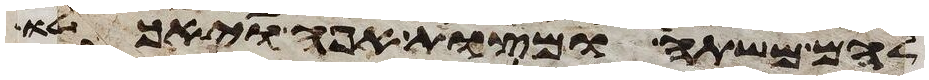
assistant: להם משתה ומצות אפה ויאכלו